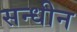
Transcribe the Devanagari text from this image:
सन्धीन